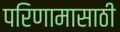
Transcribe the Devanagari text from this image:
परिणामासाठी